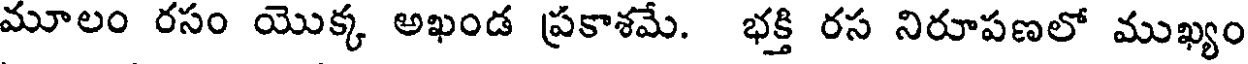
మూలం రసం యొక్క అఖండ ప్రకాశమే. భక్తి రస నిరూపణలో ముఖ్యం